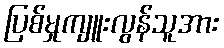
ပြစ်မှုကျူးလွန်သူအား